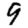
Digit: 9